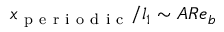
x _ { \mathrm { ~ p ~ e ~ r ~ i ~ o ~ d ~ i ~ c ~ } } / l _ { 1 } \sim A R e _ { b }